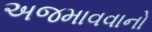
અજમાવવાનો